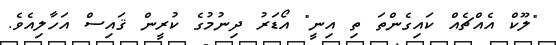
"ލޫކް އެއްޗެއް ކައިގެންތަ ތި އިނީ" އޯޑަރު ދިނުމުގެ ކުރީން ޤައިސް އަހާލިއެވެ.